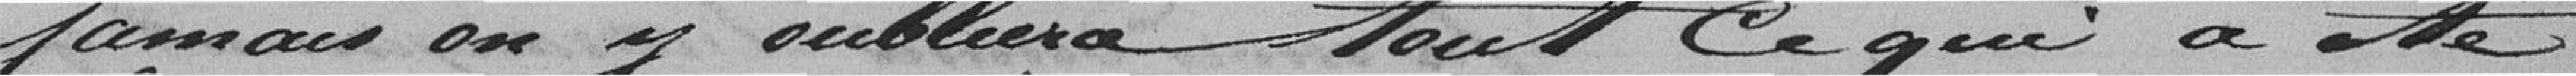
jamais on y oubliera tout ce qui a été